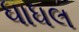
ધાધલ